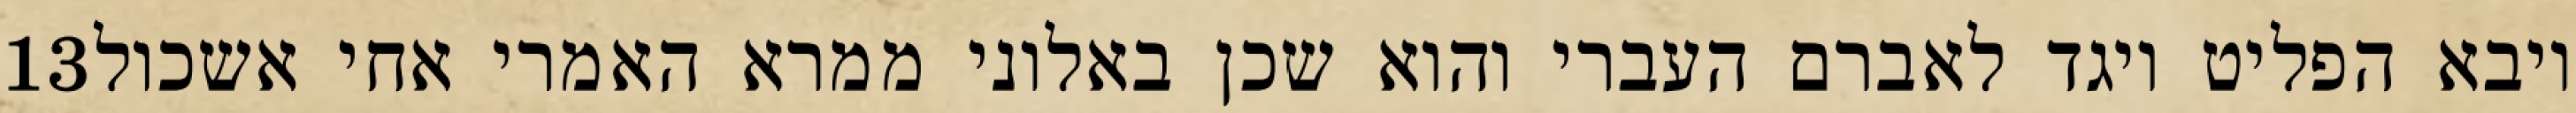
‎13‏ ויבא הפליט ויגד לאברם העברי והוא שכן באלוני ממרא האמרי אחי אשכול